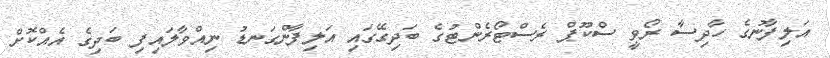
އަލިފާނުގެ ހާދިސާ ރޯވީ ސްކޫޕް ރެސްޓޯރެންޓުގެ ބަދިގޭގައި އަލިފާންގަނޑު ނިއްވާލައިފި ބަދިގެ އެއްކޮށް